Vaccination in the Punjab 1867-1880 - 1867-1880
Year: 1867
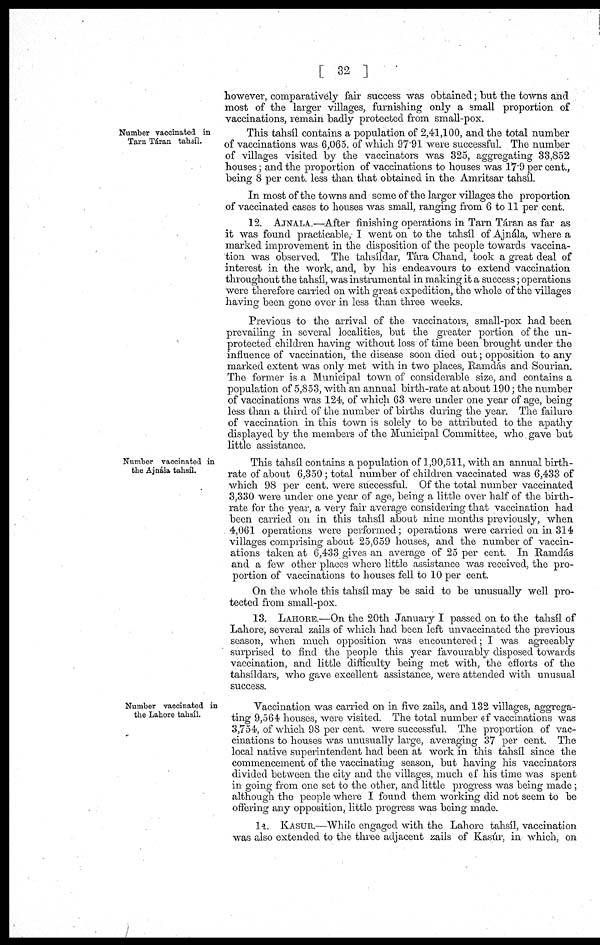
[ 32 ]
however, comparatively fair success was obtained; but the towns and
most of the larger villages, furnishing only a small proportion of
vaccinations, remain badly protected from small-pox.
Number vaccinated in
Tarn Táran tahaíl.
This tahsíl contains a population of 2,41,100, and the total number
of vaccinations was 6,065, of which 97.91 were successful. The number
of villages visited by the vaccinators was 325, aggregating 33,852
houses; and the proportion of vaccinations to houses was 17.9 per cent.,
being 8 per cent. less than that obtained in the Amritsar tahsíl.
In most of the towns and some of the larger villages the proportion
of vaccinated cases to houses was small, ranging from 6 to 11 per cent.
12. AJNALA.—After finishing operations in Tarn Táran as far as
it was found practicable, I went on to the tahsíl of Ajnála, where a
marked improvement in the disposition of the people towards vaccina-
tion was observed. The tahsíldar, Tára Chand, took a great deal of
interest in the work, and, by his endeavours to extend vaccination
throughout the tahsíl, was instrumental in making it a success; operations
were therefore carried on with great expedition, the whole of the villages
having been gone over in less than three weeks.
Previous to the arrival of the vaccinators, small-pox had been
prevailing in several localities, but the greater portion of the un-
protected children having without loss of time been brought under the
influence of vaccination, the disease soon died out; opposition to any
marked extent was only met with in two places, Ramdás and Sourian.
The former is a Municipal town of considerable size, and contains a
population of 5,853, with an annual birth-rate at about 190; the number
of vaccinations was 124, of which 63 were under one year of age, being
less than a third of the number of births during the year. The failure
of vaccination in this town is solely to be attributed to the apathy
displayed by the members of the Municipal Committee, who gave but
little assistance.
Number vaccinated in
the Ajnála tahsíl.
This tahsíl contains a population of 1,90,511, with an annual birth-
rate of about 6,350 ; total number of children vaccinated was 6,433 of
which 98 per cent. were successful. Of the total number vaccinated
3,330 were under one year of age, being a little over half of the birth-
rate for the year, a very fair average considering that vaccination had
been carried on in this tahsíl about nine months previously, when
4,061 operations were performed; operations were carried on in 314
villages comprising about 25,659 houses, and the number of vaccin-
ations taken at 6,433 gives an average of 25 per cent. In Ramdás
and a few other places where little assistance was received, the pro-
portion of vaccinations to houses fell to 10 per cent.
On the whole this tahsíl may be said to be unusually well pro-
tected from small-pox.
13. LAHORE.—On the 20th January I passed on to the tahsíl of
Lahore, several zails of which had been left unvaccinated the previous
season, when much opposition was encountered; I was agreeably
surprised to find the people this year favourably disposed towards
vaccination, and little difficulty being met with, the efforts of the
tahsíldars, who gave excellent assistance, were attended with unusual
success.
Number vaccinated in
the Lahore tahsíl.
Vaccination was carried on in five zails, and 132 villages, aggrega-
ting 9,564 houses, were visited. The total number of vaccinations was
3,754, of which 98 per cent. were successful. The proportion of vac-
cinations to houses was unusually large, averaging 37 per cent. The
local native superintendent had been at work in this tahsíl since the
commencement of the vaccinating season, but having his vaccinators
divided between the city and the villages, much of his time was spent
in going from one set to the other, and little progress was being made;
although the people where I found them working did not seem to be
offering any opposition, little progress was being made.
14. KASUR.—While engaged with the Lahore tahsíl, vaccination
was also extended to the three adjacent zails of Kasúr, in which, on